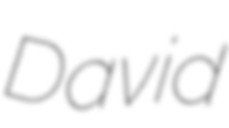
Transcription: David